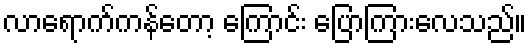
လာရောက်ကန်တော့ ကြောင်း ပြောကြားလေသည်။